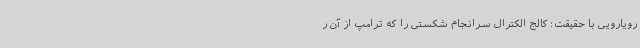
رویارویی با حقیقت؛ کالج الکترال سرانجام شکستی را که ترامپ از آن ر